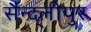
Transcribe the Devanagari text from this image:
सैन्द्लीपुर